Tezpur Lunatic Asylum reports 1877-1894 - 1877-1894
Year: 1877
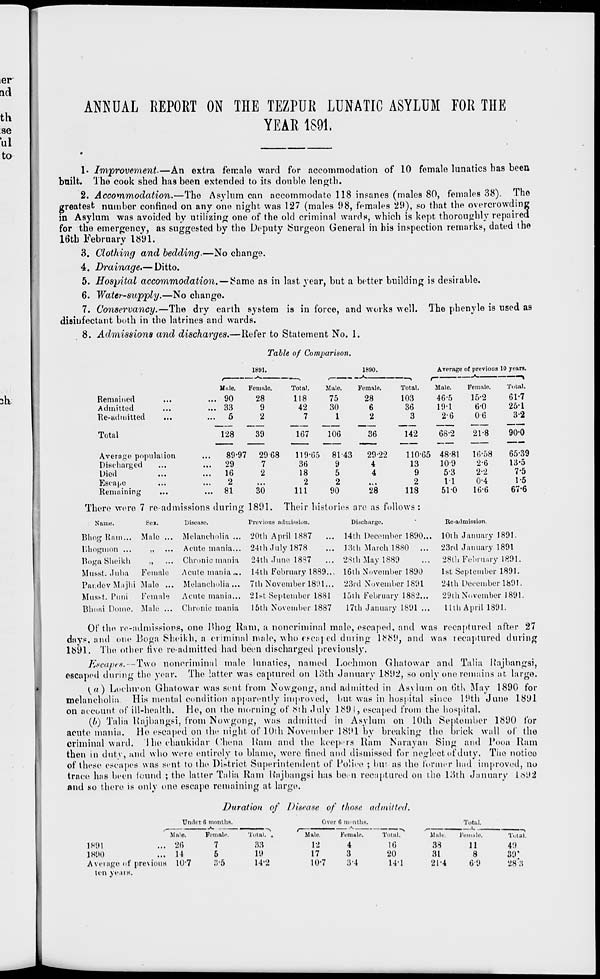
ANNUAL REPORT ON THE TEZPUR LUNATIC ASYLUM FOR THE
YEAR 1891.
1. Improvement.—An extra female ward for accommodation of 10 female lunatics has been
built. The cook shed has been extended to its double length.
2. Accommodation.—The Asylum can accommodate 118 insanes (males 80, females 38). The
greatest number confined on any one night, was 127 (males 98, females 29), so that the overcrowding
in Asylum was avoided by utilizing one of the old criminal wards, which is kept thoroughly repaired
for the emergency, as suggested by the Deputy Surgeon General in his inspection remarks, dated the
16th February 1891.
3. Clothing and bedding.—No change.
4. Drainage.— Ditto.
5. Hospital accommodation. — Same as in last year, but a better building is desirable.
6. Water-supply.—No change.
7. Conservancy.—The dry earth system is in force, and works well. The phenyle is used as
disinfectant both in the latrines and wards.
8. Admissions and discharges.—Refer to Statement No. 1.
Table of Comparison.
1891.
1890.
Average of previous 10 years.
Mule.
Female.
Total.
Male.
Female.
N
0
Total.
Male.
Female.
Total.
Remained
Admitted
Re-admitted
... 90
28
118
75
9
42
30
2
7
1
28
6
2
103
36
3
46-5
19-1
26
15-2
60
06
61-7
25-1
3-2
Total
128
...
89-97
.'.'.'
16
2
... 81
39
167
106
36
43
29-22
4
4
28
142
110-65
13
9
2
113
68-2
48-81
10-9
53
11
510
21-8
16-58
2-6
2-2
0-4
16-6
90-0
Average populalion
Discharged
Died
Escape
Remaining
2968
119-65 81
7
36
9
2
18
5
30
111
90
65-39
13-5
75
1-5
67-6
There were 7 re-admissions during 1891. Their histoiit •s are as folh 3ws:
Name.
Sex.
Disease.
Previous admission.
Discharge.
•
Re-admission.
Bhog Ram... Male ... Melancholia ... 20th April 1887
... 14th Decambe • 1890... 10th January 1891.
llhogmon ...
,,
Acute mania... 24th July 1878
13th March 1880 ...
23rd January 1891
Boga Sheikh
,,
Chronic mania
24th June 1887
... 28th May 1889
28th Februarj 1891.
Muest. Juha
Female
Acute mania... 14th February 1889.., 16th Noveinhei • 1890
1st September 1891.
PandevMajhi Male ... Melancholia ... 7th November 1891... 23rd November 1891
24th December 1891.
Musst. Puni
Female
Acute mania... 21st September 1881
loth February 1882...
29th November 1891.
Bhoai Dome. Male ... Chronic mania
15th November 1887
17lh January 1891 ...
thli April 1891.
Of the re-admissions, one Bhog Ram, a noncriminal male, escaped, and was recaptured after 27
days, and one Boga Sheikh, a criminal male, who escaped dining 1889, and was recaptured during
1891. The other five re-admitted had been discharged previously.
Escapes.—Two nonoriminal male lunatics, named Lochmon Ghatowar and Talia Rajbangsi,
escapeil during the year. The latter was captured on loth January 1892, so only one remains at largo.
(a) Lochiron Ghatowar was sent from Xowgong, and admitted in Asylum on GtK May 1890 for
melancholia His mental condition apparently improved, but. was in hospital since 19th June 1891
on account of ill-health. He, on the morning of 8th duly 189 i, escaped from the hospital.
(It) Talia Uajbangsi, from Nowgong, was admitted in Asylum on 10th September 1890 l'or
acute mania. He escaped on the night of 10th November 1891 by breaking the brick wall ol" the
criminal ward. ! he chaukitlar Chena Ham and the keepers Ham N a ray an Sing and 1'ooa Ram
then in duty, and who were entirely to blame, were fined and dismissed for neglect of duty. The notice
of these escapes was sent to the Distriot Superintendent of Police ; but as the former had improved, no
trace has been found ; the latter Talia Ram Kajbangsi has bo> n recaptured on tho 13th January i6iJ2
and so there is only one escape remaining at large.
Duration of Disease of those admitted'.
Under fi months.
.....
*.
Over 6 months.
Total.
Total.
Male.
Female.
Total. .
Male.
Female.
Male.
Female.
Total.
1891
... 26
7
33
12
4
16
38
11
4!)
1S90
... 14
5
19
17
3
20
31
8
39'
Average of previous 10-7
:;-5
14-2
10-7
3-4
141
21-4
69
28 3
ten years.